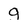
Character: g